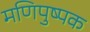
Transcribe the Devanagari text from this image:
मणिपुष्पक